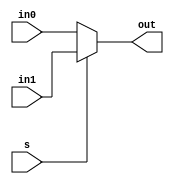
// 2 to 1 multiplexer
module mux2_1(in0, in1, s, out);
input [7:0]in0; 
input [7:0]in1;
input s;
output [7:0]out;


assign out = s ? in1 : in0; // ? is the ternary operator

endmodule